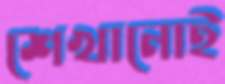
শেখানোই